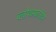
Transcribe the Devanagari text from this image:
ब्लोयम्फ़ाउंटेन